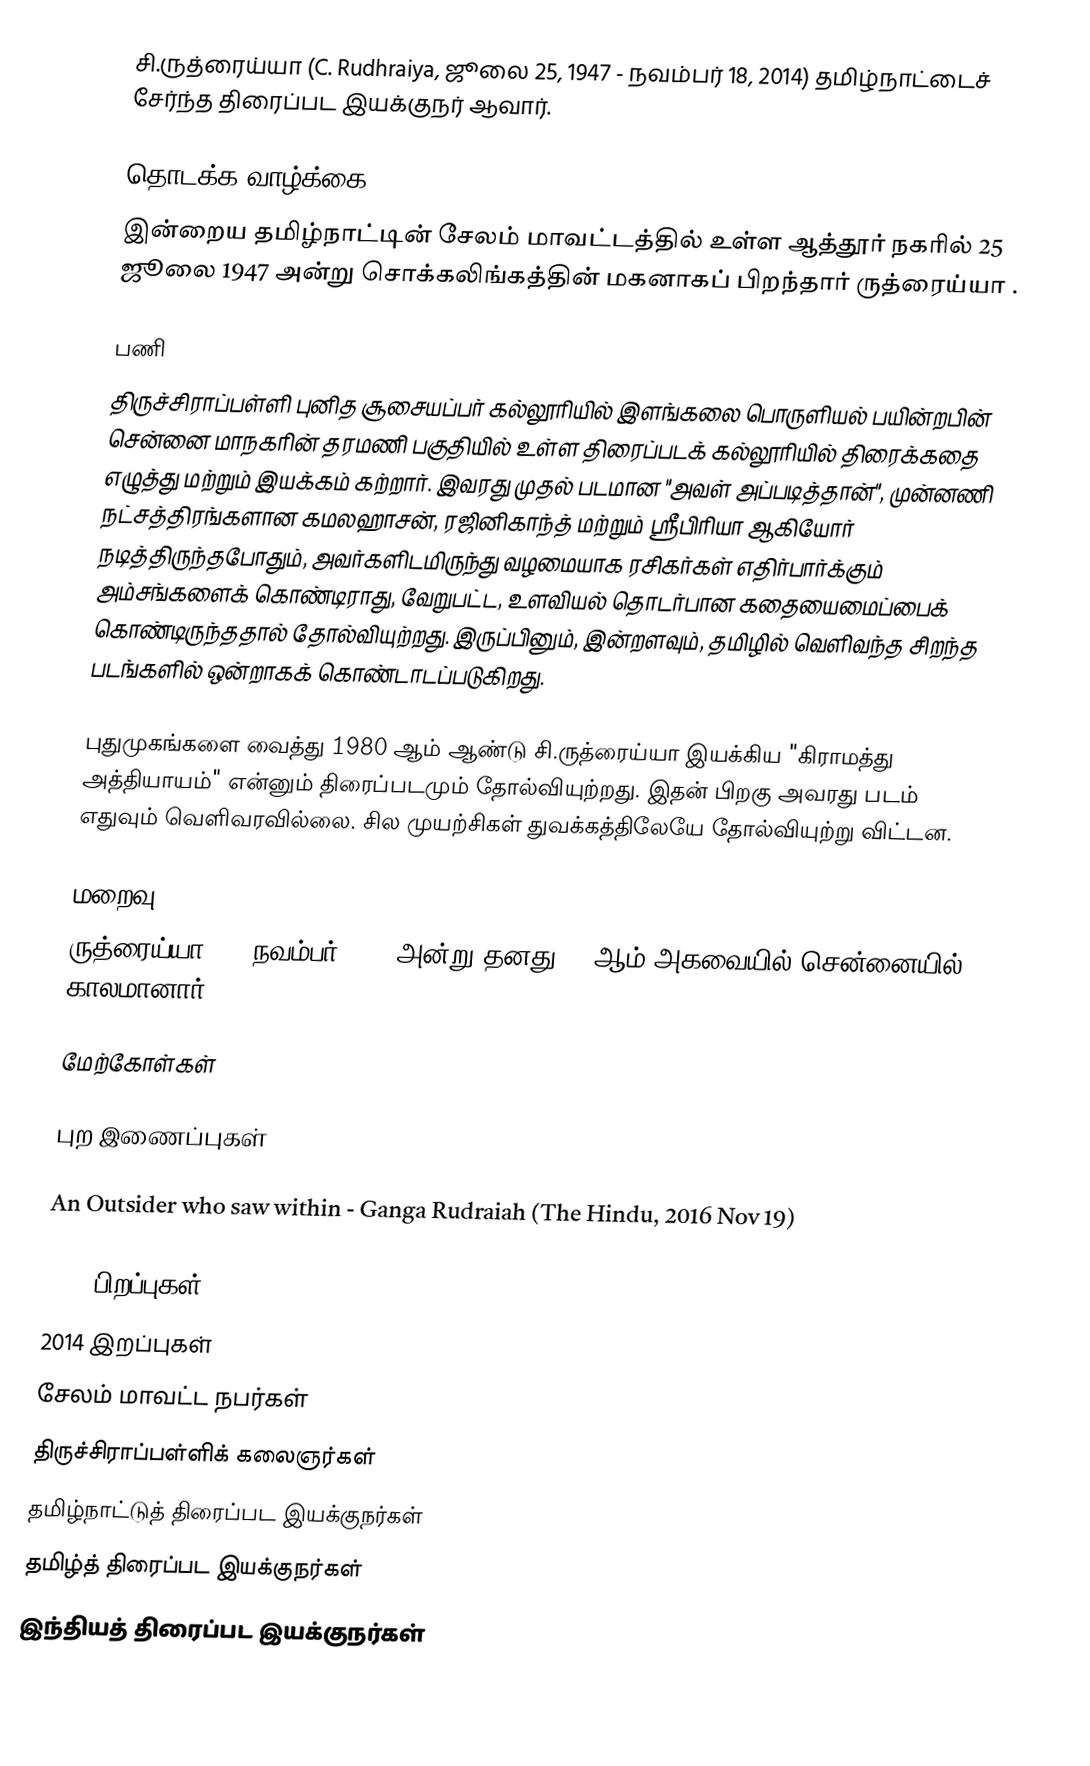
சி.ருத்ரைய்யா (C. Rudhraiya, ஜூலை 25, 1947 - நவம்பர் 18, 2014) தமிழ்நாட்டைச் சேர்ந்த திரைப்பட இயக்குநர் ஆவார்.

தொடக்க வாழ்க்கை
இன்றைய தமிழ்நாட்டின் சேலம் மாவட்டத்தில் உள்ள ஆத்தூர் நகரில் 25 ஜூலை 1947 அன்று சொக்கலிங்கத்தின் மகனாகப் பிறந்தார் ருத்ரைய்யா .

பணி
திருச்சிராப்பள்ளி புனித சூசையப்பர் கல்லூரியில் இளங்கலை பொருளியல் பயின்றபின் சென்னை மாநகரின் தரமணி பகுதியில் உள்ள திரைப்படக் கல்லூரியில் திரைக்கதை எழுத்து மற்றும் இயக்கம் கற்றார்.  இவரது முதல் படமான "அவள் அப்படித்தான்", முன்னணி நட்சத்திரங்களான கமலஹாசன், ரஜினிகாந்த் மற்றும் ஸ்ரீபிரியா ஆகியோர் நடித்திருந்தபோதும், அவர்களிடமிருந்து வழமையாக ரசிகர்கள் எதிர்பார்க்கும் அம்சங்களைக் கொண்டிராது, வேறுபட்ட, உளவியல் தொடர்பான கதையைமைப்பைக் கொண்டிருந்ததால் தோல்வியுற்றது. இருப்பினும், இன்றளவும், தமிழில் வெளிவந்த சிறந்த படங்களில் ஒன்றாகக் கொண்டாடப்படுகிறது.

புதுமுகங்களை வைத்து 1980 ஆம் ஆண்டு சி.ருத்ரைய்யா இயக்கிய "கிராமத்து அத்தியாயம்" என்னும் திரைப்படமும் தோல்வியுற்றது. இதன் பிறகு அவரது படம் எதுவும் வெளிவரவில்லை. சில முயற்சிகள் துவக்கத்திலேயே தோல்வியுற்று விட்டன.

மறைவு
ருத்ரைய்யா, 18 நவம்பர் 2014 அன்று தனது 68-ஆம் அகவையில் சென்னையில் காலமானார்.

மேற்கோள்கள்

புற இணைப்புகள்

An Outsider who saw within - Ganga Rudraiah (The Hindu, 2016 Nov 19)

1947 பிறப்புகள்
2014 இறப்புகள்
சேலம் மாவட்ட நபர்கள்
திருச்சிராப்பள்ளிக் கலைஞர்கள்
தமிழ்நாட்டுத் திரைப்பட இயக்குநர்கள்
தமிழ்த் திரைப்பட இயக்குநர்கள்
இந்தியத் திரைப்பட இயக்குநர்கள்